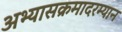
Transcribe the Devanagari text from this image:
अभ्यासक्रमादरम्यान